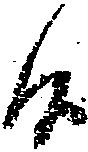
候